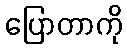
ပြောတာကို